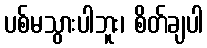
ပစ်မသွားပါဘူး၊ စိတ်ချပါ